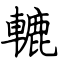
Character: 轆